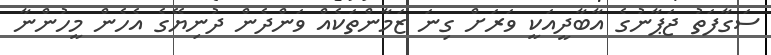
ސަގާފަތު ޖަޕާނުގެ އާބާދީއަކީ ވަރަށް ގިނަ ޒަމާންތަކެއް ވަންދެން ދުނިޔޭގެ އެހެން މީހުންނާ